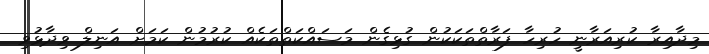
މިދާއިރާ ކުރިއަރާނީ ހުރިހާ ފަރާތްތަކަކުން ގުޅިގެން މަސައްކަތްތަކެއް ކުރުމުން ކަމަށް އަނިލް ވިދާޅުވި